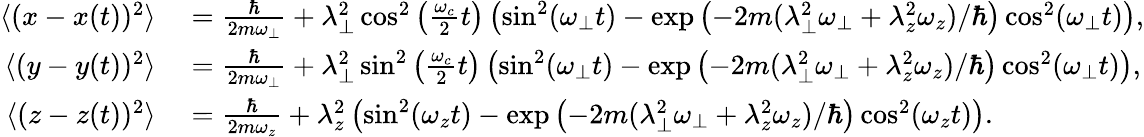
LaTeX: \begin{array}{rl}{\langle(x-x(t))^{2}\rangle}&{{}=\frac{\hbar}{2m\omega_{\perp}}+\lambda_{\perp}^{2}\cos^{2}\left(\frac{\omega_{c}}{2}t\right)\left(\sin^{2}(\omega_{\perp}t)-\exp\left(-2m(\lambda_{\perp}^{2}\omega_{\perp}+\lambda_{z}^{2}\omega_{z})/\hbar\right)\cos^{2}(\omega_{\perp}t)\right),}\\ {\langle(y-y(t))^{2}\rangle}&{{}=\frac{\hbar}{2m\omega_{\perp}}+\lambda_{\perp}^{2}\sin^{2}\left(\frac{\omega_{c}}{2}t\right)\left(\sin^{2}(\omega_{\perp}t)-\exp\left(-2m(\lambda_{\perp}^{2}\omega_{\perp}+\lambda_{z}^{2}\omega_{z})/\hbar\right)\cos^{2}(\omega_{\perp}t)\right),}\\ {\langle(z-z(t))^{2}\rangle}&{{}=\frac{\hbar}{2m\omega_{z}}+\lambda_{z}^{2}\left(\sin^{2}(\omega_{z}t)-\exp\left(-2m(\lambda_{\perp}^{2}\omega_{\perp}+\lambda_{z}^{2}\omega_{z})/\hbar\right)\cos^{2}(\omega_{z}t)\right).}\end{array}